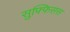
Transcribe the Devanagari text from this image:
सुफ्फिसस